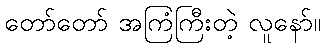
တော်တော် အကြံကြီးတဲ့ လူနော်။